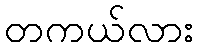
တကယ်လား